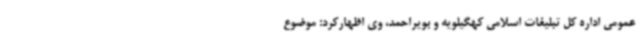
عمومی اداره کل تبلیغات اسلامی کهگیلویه و بویراحمد، وی اظهارکرد: موضوع